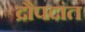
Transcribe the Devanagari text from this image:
द्रौपदांत